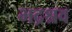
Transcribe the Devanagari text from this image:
भद्रश्रव